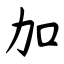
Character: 加